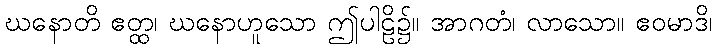
ဃနောတိ ဧတ္ထ၊ ဃနောဟူသော ဤပါဠိ၌။ အာဂတံ၊ လာသော။ ဧဝမာဒိ၊